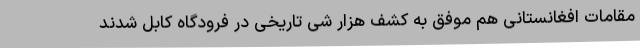
مقامات افغانستانی هم موفق به کشف هزار شی تاریخی در فرودگاه کابل شدند